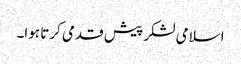
اسلامی لشکر پیش قدمی کرتا ہوا۔